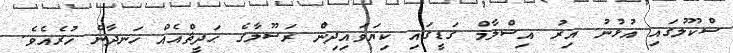
ސްކޫލުގައި އުުޅުނު އިރު އިސްލާމް ގަޑީގައި ކިޔަވައިދިން ރަސޫލާގެ ޙަދީޘްއެއް ހަނދާން ހުރެއެވެ.